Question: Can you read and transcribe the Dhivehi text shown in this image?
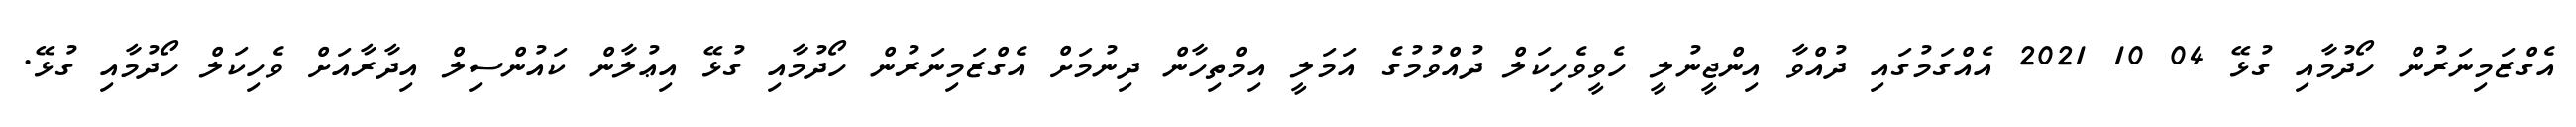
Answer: އެގްޒަމިނަރުން ހޯދުމާއި ގުޅޭ 04 10 2021 އެއްގަމުގައި ދުއްވާ އިންޖީނުލީ ހެވީވެހިކަލް ދުއްވުމުގެ އަމަލީ އިމްތިހާން ދިނުމަށް އެގްޒަމިނަރުން ހޯދުމާއި ގުޅޭ އިޢުލާން ކައުންސިލް އިދާރާއަށް ވެހިކަލް ހޯދުމާއި ގުޅޭ.